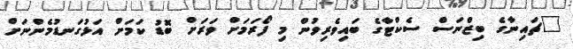
"ޗައިނާގެ ބިޒްނަސް ސެކްޓާގެ ބައިވެރިވުން މި ފޯރަަމަށް ވަރަށް ބޮޑު ކަމަށް އަޅުގަނޑުމެންނަށް